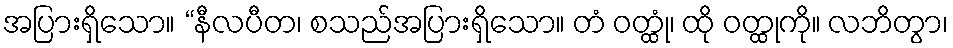
အပြားရှိသော။ “နီလပီတ၊ စသည်အပြားရှိသော။ တံ ဝတ္ထုံ၊ ထို ဝတ္ထုကို။ လဘိတွာ၊